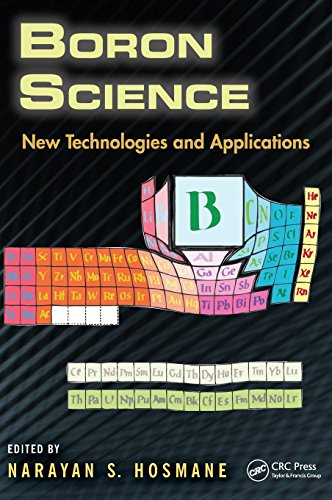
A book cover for Boron Science: New Technologies and Applications; Science & Math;